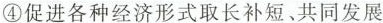
④促进各种经济形式取长补短、共同发展